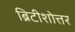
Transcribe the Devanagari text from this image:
ब्रिटीशोत्तर